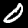
Digit: 0